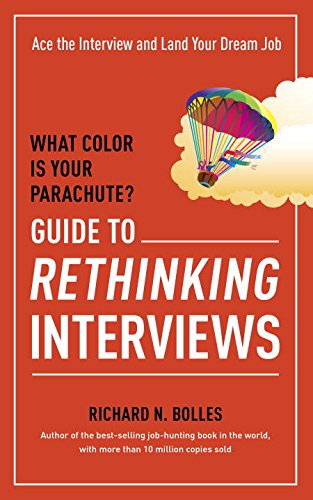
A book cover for What Color Is Your Parachute? Guide to Rethinking Interviews: Ace the Interview and Land Your Dream Job; Richard N. Bolles; Business & Money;